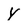
Character: Y